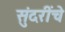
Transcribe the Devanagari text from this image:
सुंदरींचे